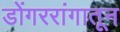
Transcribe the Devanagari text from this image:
डोंगररांगातून